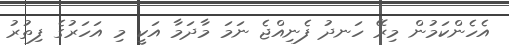
އެހެންކަމުން މިރޭ ހަނދު ފެނިއްޖެ ނަމަ މާދަމާ އަކީ މި އަހަރުގެ ފިތުރު